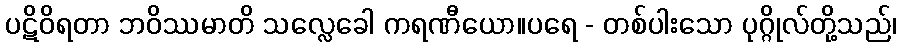
ပဋိဝိရတာ ဘဝိဿမာတိ သလ္လေခေါ ကရဏီယော။ပရေ - တစ်ပါးသော ပုဂ္ဂိုလ်တို့သည်၊